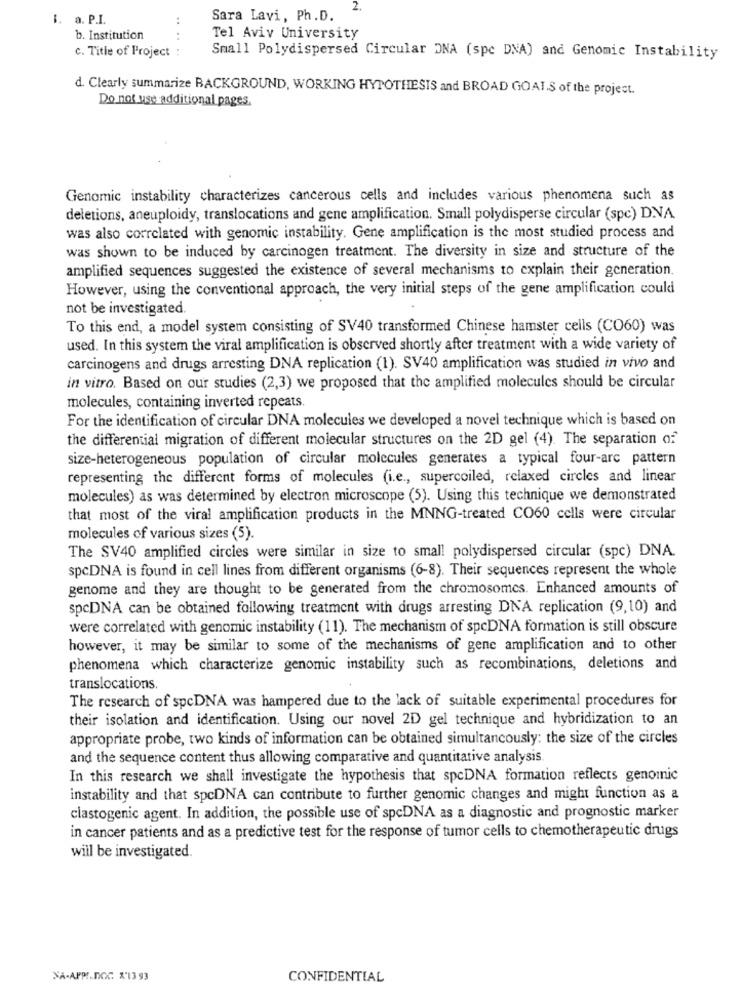
2.
i. a. P.I.
..
Sara Lavi, Ph.D.
b. Institution
..
Tel Aviv University
c. Title of Project :
Small Polydispersed Circular DNA (spc DNA) and Genomic Instability
d. Clearly summarize BACKGROUND, WORKING HYPOTHESIS and BROAD GOALS of the project.
Do not use additional pages.
Genomic instability characterizes cancerous cells and includes various phenomena such as
deletions, aneuploidy, translocations and gene amplification. Small polydisperse circular (spc) DNA
was also correlated with genomic instability. Gene amplification is the most studied process and
was shown to be induced by carcinogen treatment. The diversity in size and structure of the
amplified sequences suggested the existence of several mechanisms to explain their generation.
However, using the conventional approach, the very initial steps of the gene amplification could
not be investigated.
To this end, a model system consisting of SV40 transformed Chinese hamster cells (CO60) was
used. In this system the viral amplification is observed shortly after treatment with a wide variety of
carcinogens and drugs arresting DNA replication (1). SV40 amplification was studied in vivo and
in vitro. Based on our studies (2,3) we proposed that the amplified molecules should be circular
molecules, containing inverted repeats.
For the identification of circular DNA molecules we developed a novel technique which is based on
the differential migration of different molecular structures on the 2D gel (4). The separation of
size-heterogeneous population of circular molecules generates a typical four-arc pattern
representing the different forms of molecules (i.e ., supercoiled, relaxed circles and linear
molecules) as was determined by electron microscope (5). Using this technique we demonstrated
that most of the viral amplification products in the MNNG-treated CO60 cells were circular
molecules of various sizes (5).
The SV40 amplified circles were similar in size to small polydispersed circular (spc) DNA.
spcDNA is found in cell lines from different organisms (6-8). Their sequences represent the whole
genome and they are thought to be generated from the chromosomes. Enhanced amounts of
spcDNA can be obtained following treatment with drugs arresting DNA replication (9,10) and
were correlated with genomic instability (11). The mechanism of spcDNA formation is still obscure
however, it may be similar to some of the mechanisms of gene amplification and to other
phenomena which characterize genomic instability such as recombinations, deletions and
translocations.
The research of spcDNA was hampered due to the lack of suitable experimental procedures for
their isolation and identification. Using our novel 2D gel technique and hybridization to an
appropriate probe, two kinds of information can be obtained simultaneously: the size of the circles
and the sequence content thus allowing comparative and quantitative analysis
In this research we shall investigate the hypothesis that spcDNA formation reflects genomic
instability and that spcDNA can contribute to further genomic changes and might function as a
clastogenic agent. In addition, the possible use of spcDNA as a diagnostic and prognostic marker
in cancer patients and as a predictive test for the response of tumor cells to chemotherapeutic drugs
will be investigated.
NA-APPI.DOC X'13 93
CONFIDENTIAL